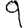
Digit: 9